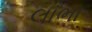
લાભા